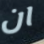
ان